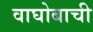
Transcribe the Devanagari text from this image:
वाघोबाची